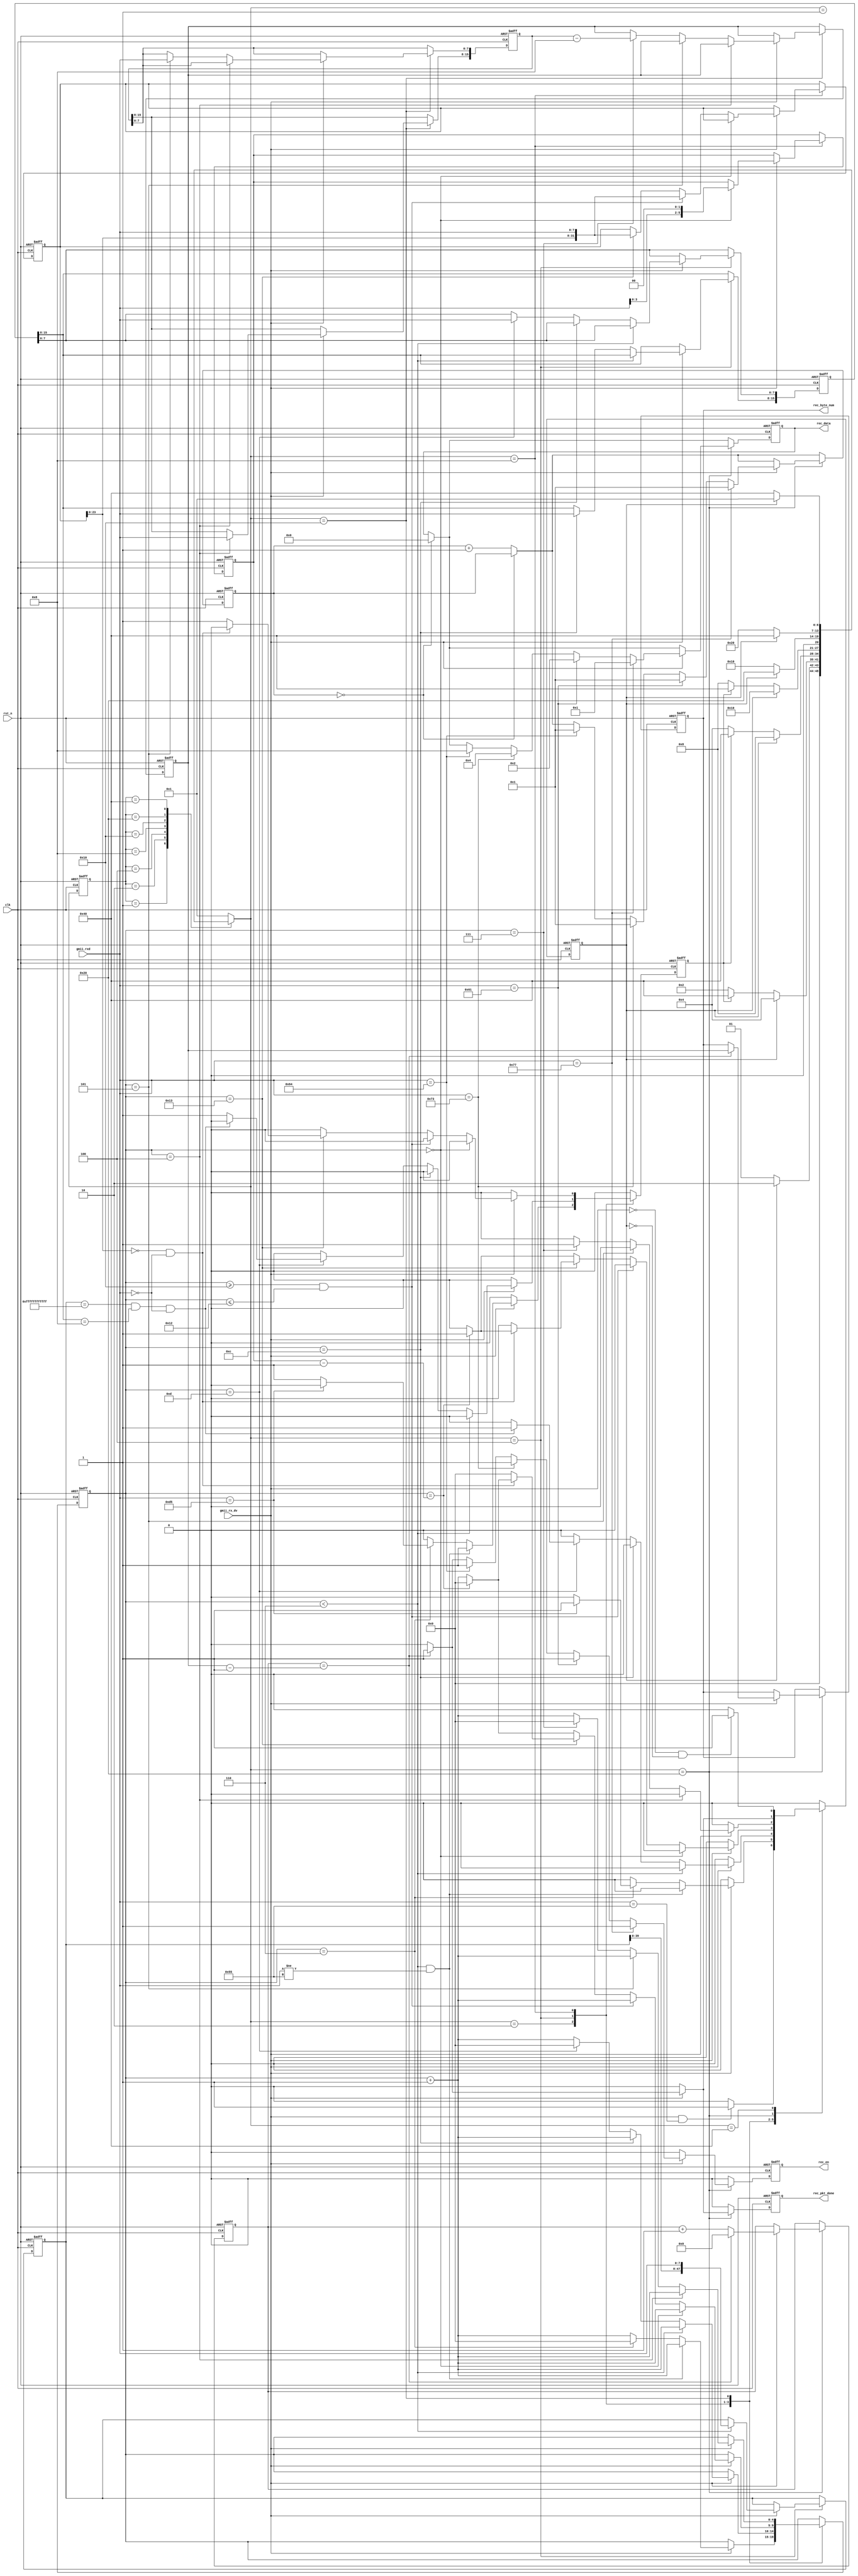
`timescale  1ns/1ns

module udp_rx(
    input                clk         ,    //
    input                rst_n       ,    //

    input                gmii_rx_dv  ,    //GMII
    input        [7:0]   gmii_rxd    ,    //GMII
    output  reg          rec_pkt_done,    //
    output  reg          rec_en      ,    //
    output  reg  [3:0]   rec_data    ,    //
    output  reg  [15:0]  rec_byte_num     // :byte
    );

//parameter define
//MAC
parameter BOARD_MAC = 48'hff_ff_ff_ff_ff_ff;
//IP
parameter BOARD_IP = {8'd0,8'd0,8'd0,8'd0};

localparam  st_idle     = 7'b000_0001; //
localparam  st_preamble = 7'b000_0010; //
localparam  st_eth_head = 7'b000_0100; //
localparam  st_ip_head  = 7'b000_1000; //IP
localparam  st_udp_head = 7'b001_0000; //UDP
localparam  st_rx_data  = 7'b010_0000; //
localparam  st_rx_end   = 7'b100_0000; //

localparam  ETH_TYPE    = 16'h0800   ; // IP

//reg define
reg  [6:0]   cur_state       ;
reg  [6:0]   next_state      ;

reg          skip_en         ; //
reg          error_en        ; //
reg  [4:0]   cnt             ; //
reg  [47:0]  des_mac         ; //MAC
reg  [15:0]  eth_type        ; //
reg  [31:0]  des_ip          ; //IP
reg  [5:0]   ip_head_byte_num; //IP
reg  [15:0]  udp_byte_num    ; //UDP
reg  [15:0]  data_byte_num   ; //
reg  [15:0]  data_cnt        ; //
reg  [22:0]  wait_count      ;
//*****************************************************
//**                    main code
//*****************************************************

//()
always @(posedge clk or negedge rst_n) begin
    if(!rst_n)
        cur_state <= st_idle;
    else
        cur_state <= next_state;
end

//
always @(*) begin
    next_state = st_idle;
    case(cur_state)
        st_idle : begin                                     //
            if(skip_en)
                next_state = st_preamble;
            else
                next_state = st_idle;
        end
        st_preamble : begin                                 //
            if(skip_en)
                next_state = st_eth_head;
            else if(error_en)
                next_state = st_rx_end;
            else
                next_state = st_preamble;
        end
        st_eth_head : begin                                 //
            if(skip_en)
                next_state = st_ip_head;
            else if(error_en)
                next_state = st_rx_end;
            else
                next_state = st_eth_head;
        end
        st_ip_head : begin                                  //IP
            if(skip_en)
                next_state = st_udp_head;
            else if(error_en)
                next_state = st_rx_end;
            else
                next_state = st_ip_head;
        end
        st_udp_head : begin                                 //UDP
            if(skip_en)
                next_state = st_rx_data;
            else
                next_state = st_udp_head;
        end
        st_rx_data : begin                                  //
            if(skip_en)
                next_state = st_rx_end;
            else
                next_state = st_rx_data;
        end
        st_rx_end : begin                                   //
            if(skip_en)
                next_state = st_idle;
            else
                next_state = st_rx_end;
        end
        default : next_state = st_idle;
    endcase
end

//,
always @(posedge clk or negedge rst_n) begin
    if(!rst_n) begin
        skip_en <= 1'b0;
        error_en <= 1'b0;
        cnt <= 5'd0;
        des_mac <= 48'd0;
        eth_type <= 16'd0;
        des_ip <= 32'd0;
        ip_head_byte_num <= 6'd0;
        udp_byte_num <= 16'd0;
        data_byte_num <= 16'd0;
        data_cnt <= 16'd0;
        rec_en <= 1'b0;
        rec_data <= 4'd0;
        rec_pkt_done <= 1'b0;
        rec_byte_num <= 16'd0;
        wait_count <= 0;
    end
    else begin
        skip_en <= 1'b0;
        error_en <= 1'b0;
        rec_en <= 1'b0;
        rec_pkt_done <= 1'b0;
        
        begin
            wait_count <= (wait_count == 0)? wait_count : wait_count + 1;
            rec_data <= (wait_count == 0)?4'b0000:rec_data;
        end
        
        case(next_state)
            st_idle : begin
                if((gmii_rx_dv == 1'b1) && (gmii_rxd == 8'h55))
                    skip_en <= 1'b1;
            end
            st_preamble : begin
                if(gmii_rx_dv) begin                         //
                    cnt <= cnt + 5'd1;
                    if((cnt < 5'd6) && (gmii_rxd != 8'h55))  //78'h55
                        error_en <= 1'b1;
                    else if(cnt==5'd6) begin
                        cnt <= 5'd0;
                        if(gmii_rxd==8'hd5)                  //18'hd5
                            skip_en <= 1'b1;
                        else
                            error_en <= 1'b1;
                    end
                end
            end
            st_eth_head : begin
                if(gmii_rx_dv) begin
                    cnt <= cnt + 5'b1;
                    if(cnt < 5'd6)
                        des_mac <= {des_mac[39:0],gmii_rxd}; //MAC
                    else if(cnt == 5'd12)
                        eth_type[15:8] <= gmii_rxd;          //
                    else if(cnt == 5'd13) begin
                        eth_type[7:0] <= gmii_rxd;
                        cnt <= 5'd0;
                        //MACMAC
                        if(((des_mac == BOARD_MAC) ||(des_mac == 48'hff_ff_ff_ff_ff_ff))
                       && eth_type[15:8] == ETH_TYPE[15:8] && gmii_rxd == ETH_TYPE[7:0])
                            skip_en <= 1'b1;
                        else
                            error_en <= 1'b1;
                    end
                end
            end
            st_ip_head : begin
                if(gmii_rx_dv) begin
                    cnt <= cnt + 5'd1;
                    if(cnt == 5'd0)
                        ip_head_byte_num <= {gmii_rxd[3:0],2'd0};
                    else if((cnt >= 5'd16) && (cnt <= 5'd18))
                        des_ip <= {des_ip[23:0],gmii_rxd};   //IP
                    else if(cnt == 5'd19) begin
                        des_ip <= {des_ip[23:0],gmii_rxd};
                        //IPIP
                        if((des_ip[23:0] == BOARD_IP[31:8])
                            && (gmii_rxd == BOARD_IP[7:0])) begin
                            if(cnt == ip_head_byte_num - 1'b1) begin
                                skip_en <=1'b1;
                                cnt <= 5'd0;
                            end
                        end
                        else begin
                        //IP
                            error_en <= 1'b1;
                            cnt <= 5'd0;
                        end
                    end
                    else if(cnt == ip_head_byte_num - 1'b1) begin
                        skip_en <=1'b1;                      //IP
                        cnt <= 5'd0;
                    end
                end
            end
            st_udp_head : begin
                if(gmii_rx_dv) begin
                    cnt <= cnt + 5'd1;
                    if(cnt == 5'd4)
                        udp_byte_num[15:8] <= gmii_rxd;      //UDP
                    else if(cnt == 5'd5)
                        udp_byte_num[7:0] <= gmii_rxd;
                    else if(cnt == 5'd7) begin
                        //UDP88
                        data_byte_num <= udp_byte_num - 16'd8;
                        skip_en <= 1'b1;
                        cnt <= 5'd0;
                    end
                end
            end
            st_rx_data : begin
                //32bit
                if(gmii_rx_dv) begin
                    data_cnt <= data_cnt + 16'd1;
                    if(data_cnt == data_byte_num - 16'd1) begin
                        skip_en <= 1'b1;                    //
                        data_cnt <= 16'd0;
                        rec_pkt_done <= 1'b1;
                        rec_en <= 1'b1;
                        rec_byte_num <= data_byte_num;
                    end
                    if(gmii_rxd == 8'h77) begin
                        rec_data <= 4'b0001;
                        wait_count <= 1;
                        rec_en <= 1'b1;
                        end
                    else if(gmii_rxd == 8'h61) begin
                        rec_data <= 4'b0010;
                        wait_count <= 1;
                        rec_en <= 1'b1;
                        end
                    else if(gmii_rxd == 8'h73) begin
                        rec_data <= 4'b0100;
                        wait_count <= 1;
                        rec_en <= 1'b1;
                        end
                    else if(gmii_rxd == 8'h64) begin
                        rec_data <= 4'b1000;
                        wait_count <= 1;
                        rec_en <= 1'b1;
                        end
                end
            end
            st_rx_end : begin                               //
                if(gmii_rx_dv == 1'b0 && skip_en == 1'b0)
                    skip_en <= 1'b1;
            end
            default : ;
        endcase
    end
end

/* ila_0 ila_inst (
    .clk(clk), // input wire clk


    .probe0({gmii_rxd,gmii_rx_dv,error_en,skip_en,next_state,rec_en}) // input wire [99:0] probe0
); */


endmodule